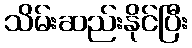
သိမ်းဆည်းနိုင်ပြီး